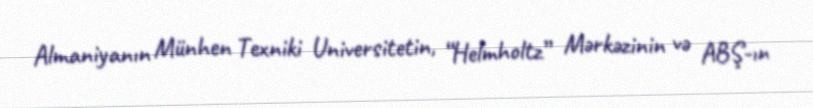
Almaniyanın Münhen Texniki Universitetin, “Helmholtz” Mərkəzinin və ABŞ-ın